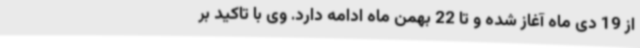
از 19 دی ماه آغاز شده و تا 22 بهمن ماه ادامه دارد. وی با تاکید بر